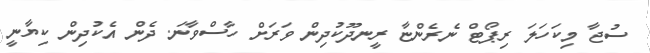
ސުޖާ މިކަހަލަ ރިޕޯޓް ނެރެންޏާ ރީނދޫކުދިން ވަރަށް ހާސްވާނަ. ދެން އެކުދިން ކިޔާނީ